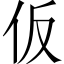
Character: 仮